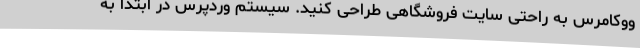
ووکامرس به راحتی سایت فروشگاهی طراحی کنید. سیستم وردپرس در ابتدا به